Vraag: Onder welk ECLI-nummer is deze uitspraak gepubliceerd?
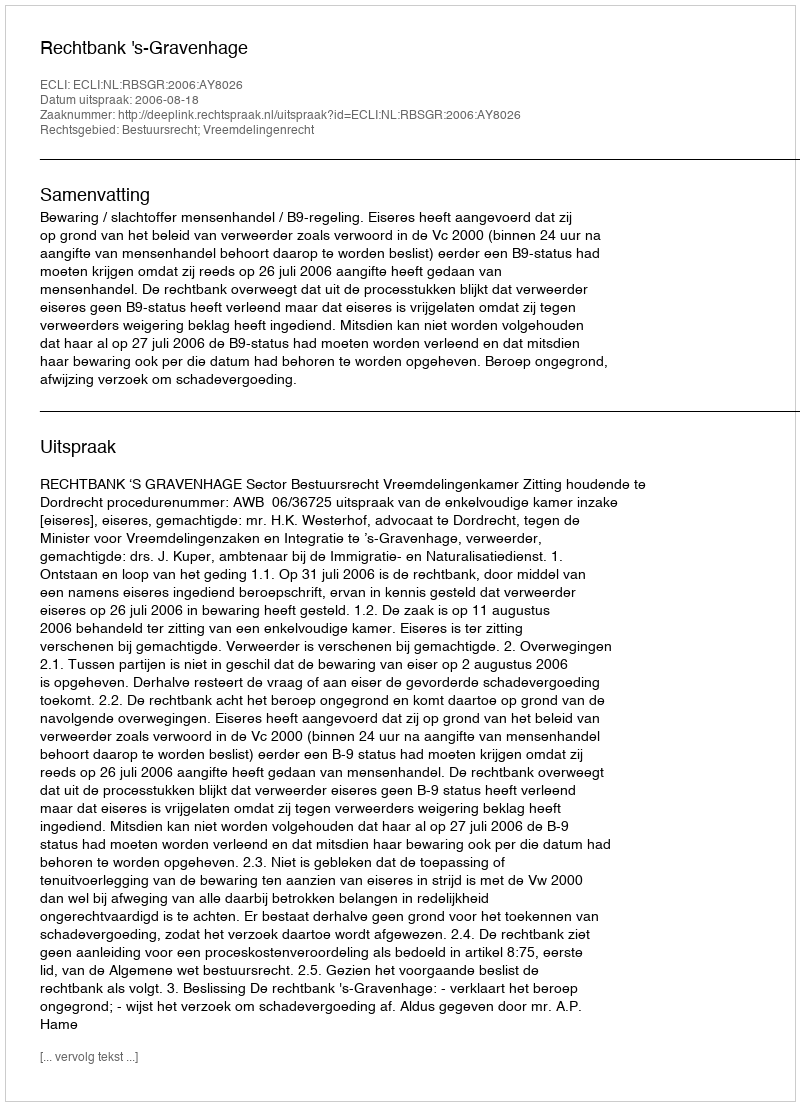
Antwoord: ECLI:NL:RBSGR:2006:AY8026